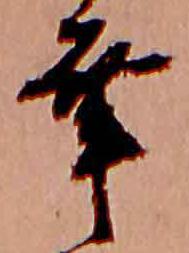
幸